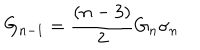
G _ { n - 1 } = \frac { ( n - 3 ) } { 2 } G _ { n } \sigma _ { n }